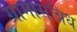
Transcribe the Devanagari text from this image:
ग्रामासन्निध